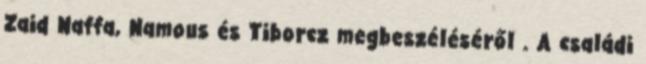
Zaid Naffa, Namous és Tiborcz megbeszéléséről . A családi